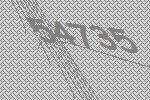
54735